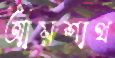
আয়শাথ